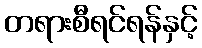
တရားစီရင်ရန်နှင့်